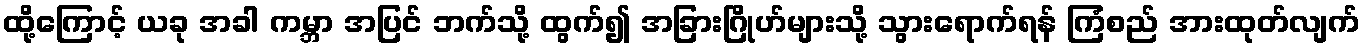
ထို့ကြောင့် ယခု အခါ ကမ္ဘာ အပြင် ဘက်သို့ ထွက်၍ အခြားဂြိုဟ်များသို့ သွားရောက်ရန် ကြံစည် အားထုတ်လျက်